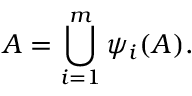
A = \bigcup _ { i = 1 } ^ { m } \psi _ { i } ( A ) .